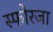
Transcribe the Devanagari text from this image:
स्फोरजा